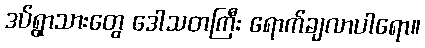
ဒပ်ရွာသားတွေ ဒေါသတကြီး ရောက်ချလာပါရော။